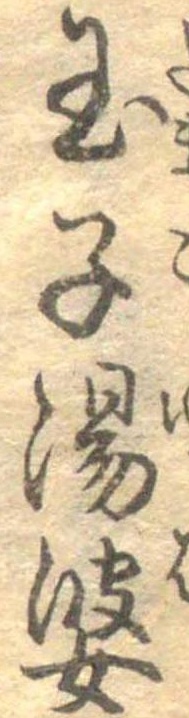
玉子湯婆